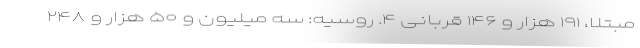
مبتلا، ۱۹۱ هزار و ۱۴۶ قربانی ۴. روسیه: سه میلیون و ۵۰ هزار و ۲۴۸